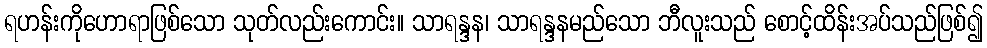
ရဟန်းကိုဟောရာဖြစ်သော သုတ်လည်းကောင်း။ သာရန္ဒန၊ သာရန္ဒနမည်သော ဘီလူးသည် စောင့်ထိန်းအပ်သည်ဖြစ်၍